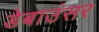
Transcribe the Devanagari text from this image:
डेबाउंसर